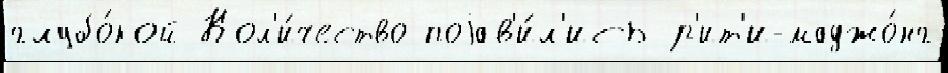
глубо́кой Кол'и́чество поjав'и́л'ись р'ит'и-маджо́нг